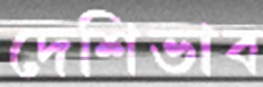
দেশিভাব